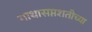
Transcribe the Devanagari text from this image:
गाथासप्तशतीच्या